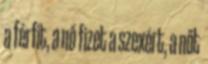
a férfit, a nő fizet a szexért, a nőt